Annual report of the Punjab Veterinary College and of the Civil Veterinary Department, Punjab - 1920-1925
Year: 1920
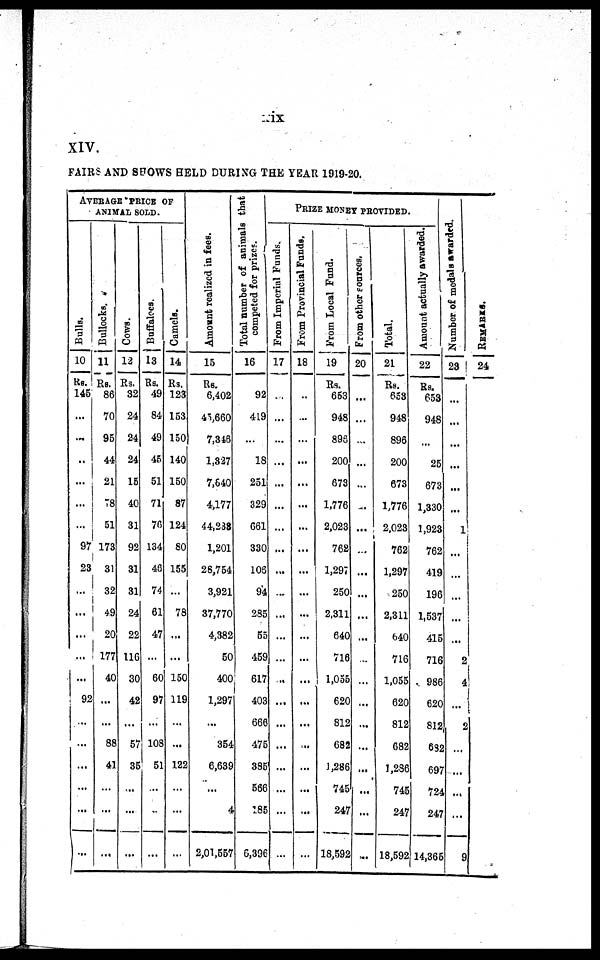
ix
XIV.
FAIRS A N D SHOWS HELD DURING T H E YEAR 1919-20.
AVERAGE PRI CE O F
ANI MAL SOLD.
Bulls.
10
Rs.
145
...
...
..
...
...
...
97
23
...
...
...
...
...
92
...
...
...
...
...
...
Bullocks.
11
Rs.
86
70
95
44
21
78
51
173
31
32
49
20
177
40
...
...
88
41
...
...
...
Cows.
12
Rs.
32
24
24
24
15
40
31
92
31
31
24
22
116
30
42
...
57
35
...
...
...
Buffaloes.
13
Rs.
49
84
49
45
51
71
76
134
46
74
61
47
...
60
97
...
108
51
...
..
...
Camels.
14
Rs.
123
153
150
140
150
87
124
80
155
...
78
...
...
150
119
...
...
122
...
...
...
Amo u n t r e a l i z e d i n f ees.
15
Rs.
6, 402
45, 660
7, 346
1, 327
7, 640
4, 177
44, 238
1, 201
28, 754
3, 921
37, 770
4, 382
50
400
1, 297
...
354
6, 639
...
4
2, 01, 557
Total number of animals that
competed for prizes.
16
92
419
...
18
251
329
661
330
106
94
285
55
459
617
403
666
475
385
566
185
6, 396
Fr o m Imperial Funds.
17
...
...
...
...
...
...
...
...
...
...
...
...
...
...
...
...
...
...
...
...
...
PRIZE MONEY PROVIDED.
From Provincial Funds.
18
...
...
...
...
...
...
...
...
...
...
...
...
...
...
...
...
...
...
...
...
...
From Local Fund.
19
Rs.
653
948
893
200
673
1, 776
2, 023
762
1, 297
250
2, 311
640
716
1, 055
620
812
682
1, 286
745
247
18, 592
From other
sources.
20
...
...
...
...
...
...
...
...
...
...
...
...
...
...
...
...
...
...
...
...
...
Total.
21
Rs.
653
948
896
200
673
1, 776
2, 023
762
1, 297
250
2, 311
640
716
1, 055
620
812
682
1, 286
746
247
18, 592
Amount actually awarded.
22
Rs.
653
948
...
25
673
1, 330
1, 923
762
419
196
1, 537
415
716
986
620
812
632
697
724
247
14, 366
Nu mb e
r of medals awarded
23
...
...
...
...
...
...
1
...
...
...
...
...
2
4
...
2
...
...
...
...
9
REMARKS.
24